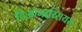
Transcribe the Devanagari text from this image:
दिओनाय्सियस